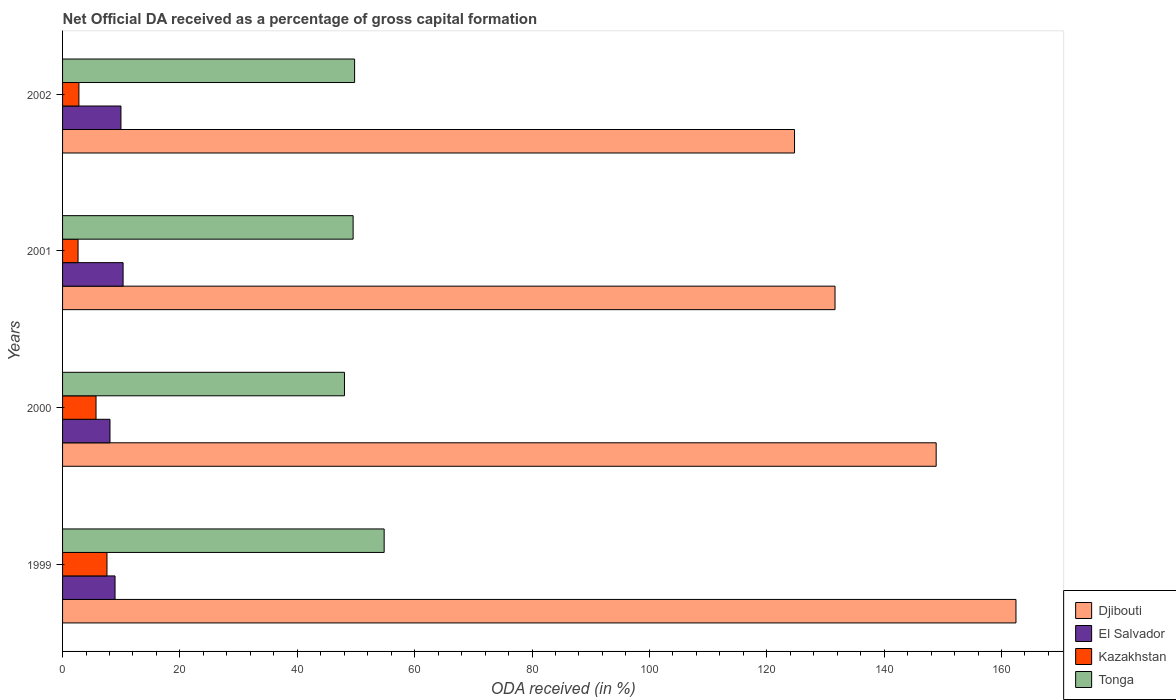
| Years | Djibouti | El Salvador | Kazakhstan | Tonga |
 | --- | --- | --- | --- | --- |
 | 1999 | 162 | 8.94 | 7.57 | 54.8 |
 | 2000 | 149 | 8.08 | 5.7 | 48 |
 | 2001 | 132 | 10.3 | 2.64 | 49.5 |
 | 2002 | 125 | 9.95 | 2.79 | 49.8 |